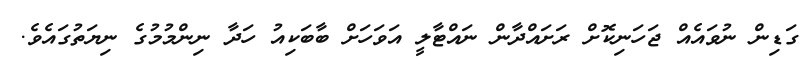
ގަޑިން ނުވައެއް ޖަހަނިކޮށް ރަށައްދާން ނައްޓާލީ އަވަހަށް ބާބަކިއު ހަދާ ނިންމުމުގެ ނިޔަތުގައެވެ.